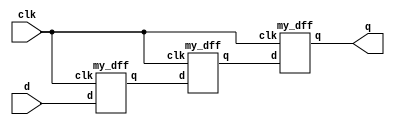
/*
    https://hdlbits.01xz.net/wiki/Module_shift
*/

module top_module ( input clk, input d, output q );
    wire w1, w2;
    my_dff inst1(.clk(clk),
                 .d(d),
                 .q(w1)
                );

    my_dff inst2(.clk(clk),
                 .d(w1),
                 .q(w2)
                );

    my_dff inst3(.clk(clk),
                 .d(w2),
                 .q(q)
                );

    /* solution */
    // wire a, b;	// Create two wires. I called them a and b.

    // // Create three instances of my_dff, with three different instance names (d1, d2, and d3).
    // // Connect ports by position: ( input clk, input d, output q)
    // my_dff d1 ( clk, d, a );
    // my_dff d2 ( clk, a, b );
    // my_dff d3 ( clk, b, q );
endmodule

module my_dff ( input clk, input d, output q );
endmodule